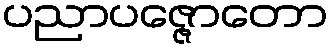
ပညာပဇ္ဇောတော